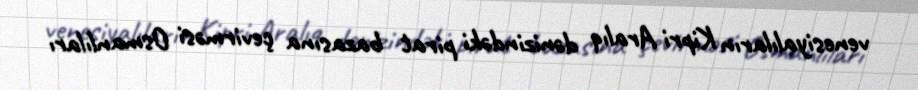
venesiyalıların Kipri Aralıq dənizindəki pirat bazasına çevirməsi Osmanlıları